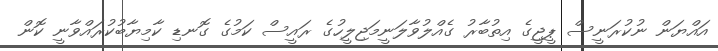
އައްޔަން ނުކުރަނީސް ޕީޖީގެ އިތުބާރު ގެއްލުވާލަނީމަޖިލީހުގެ ރައީސް ކަމުގެ ގޮނޑި ކާމިޔާބުކުރައްވާނީ ކޮން